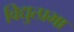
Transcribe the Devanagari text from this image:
विद्युत्प्रभा